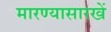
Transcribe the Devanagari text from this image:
मारण्यासारखें